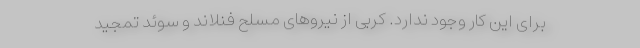
برای این کار وجود ندارد. کربی از نیروهای مسلح فنلاند و سوئد تمجید